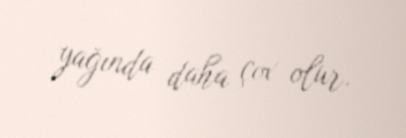
yağında daha çox olur.